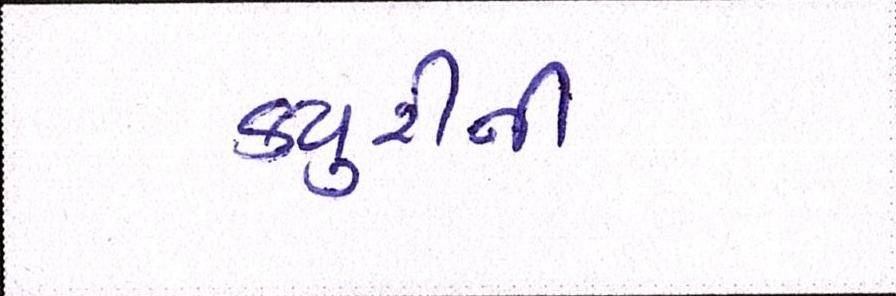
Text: ક્યુરીની